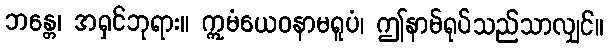
ဘန္တေ၊ အရှင်ဘုရား။ ဣမံယေဝနာမရူပံ၊ ဤနာမ်ရုပ်သည်သာလျှင်။